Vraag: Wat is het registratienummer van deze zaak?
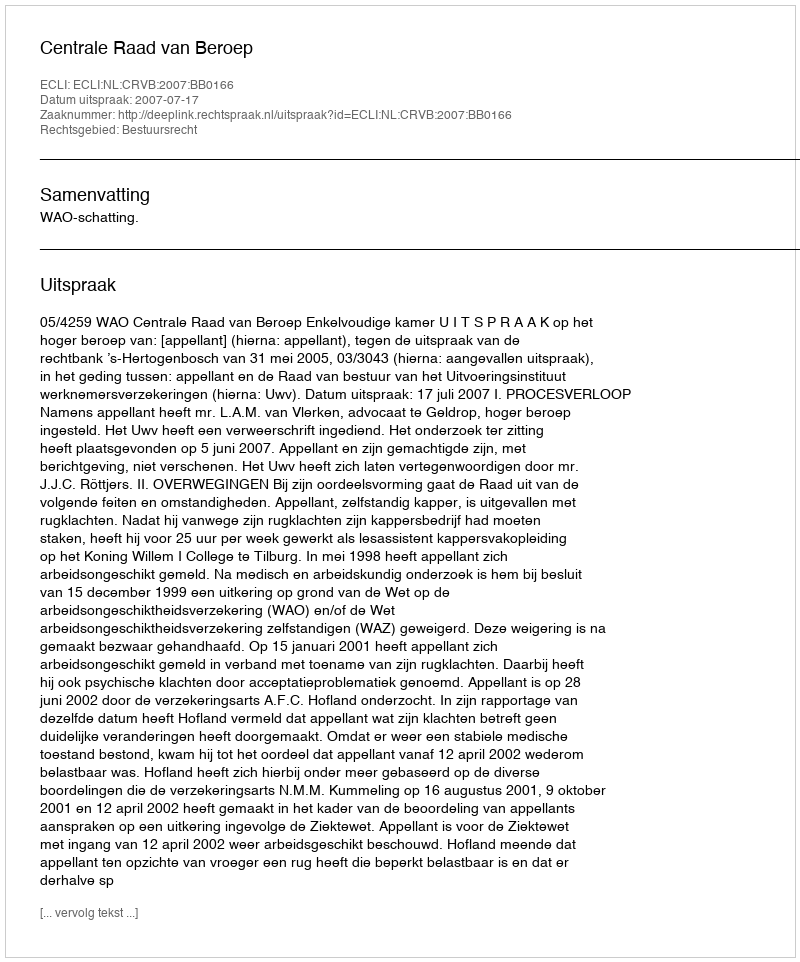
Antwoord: http://deeplink.rechtspraak.nl/uitspraak?id=ECLI:NL:CRVB:2007:BB0166